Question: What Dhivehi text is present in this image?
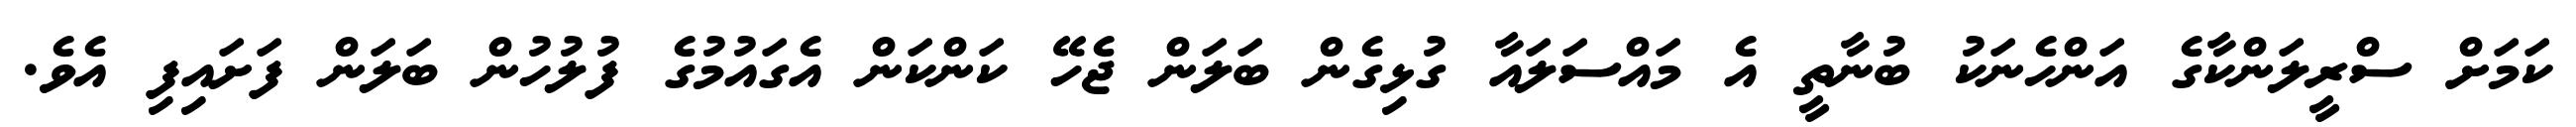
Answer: ކަމަށް ސްރީލަންކާގެ އަންހެނަކު ބުނާތީ އެ މައްސަލައާ ގުޅިގެން ބަލަން ޖެހޭ ކަންކަން އެގައުމުގެ ފުލުހުން ބަލަން ފަށައިފި އެވެ.